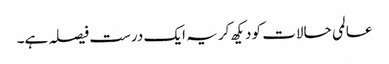
عالمی حالات کو دیکھ کر یہ ایک درست فیصلہ ہے۔